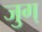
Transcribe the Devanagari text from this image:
जुग्